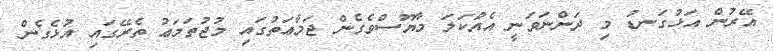
އޭރުން އަޅުގަނޑު މި ދަންނަވަނީ އެއްކަލަ މާޔޫސްވެގެން ޖަމާޢަތުގައި މުޖުތަމަޢު ތެރޭގައި އުޅެގެން